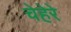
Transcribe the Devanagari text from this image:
चेहेरे